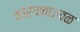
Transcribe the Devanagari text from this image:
कोरेगावाजवळ